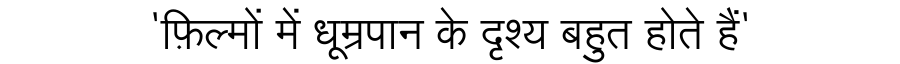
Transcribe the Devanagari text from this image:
'फ़िल्मों में धूम्रपान के दृश्य बहुत होते हैं'